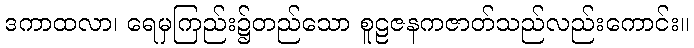
ဒကာထလာ၊ ရေမှကြည်း၌တည်သော စူဠဇနကဇာတ်သည်လည်းကောင်း။